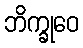
ဘိက္ခုဝေ